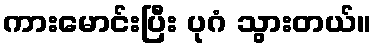
ကားမောင်းပြီး ပုဂံ သွားတယ်။